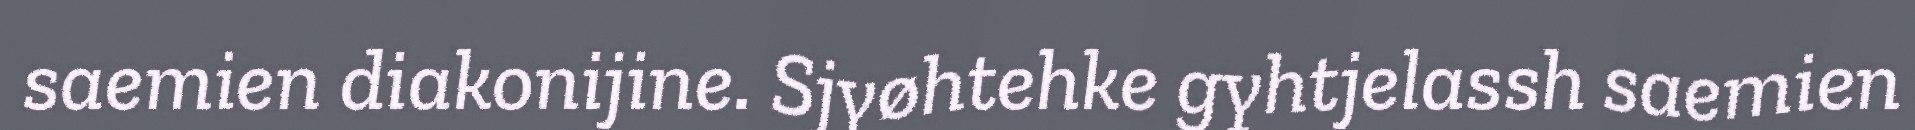
saemien diakonijine. Sjyøhtehke gyhtjelassh saemien